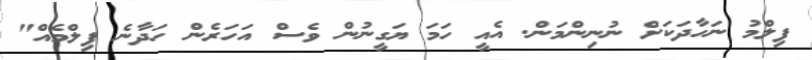
ފިލްމު ނަހާދަކަށް ނުނިންމަން. އެއީ ހަމަ ޔަގީނުން ވެސް އަހަރެން ހަދާނެ ފިލްމެއް"